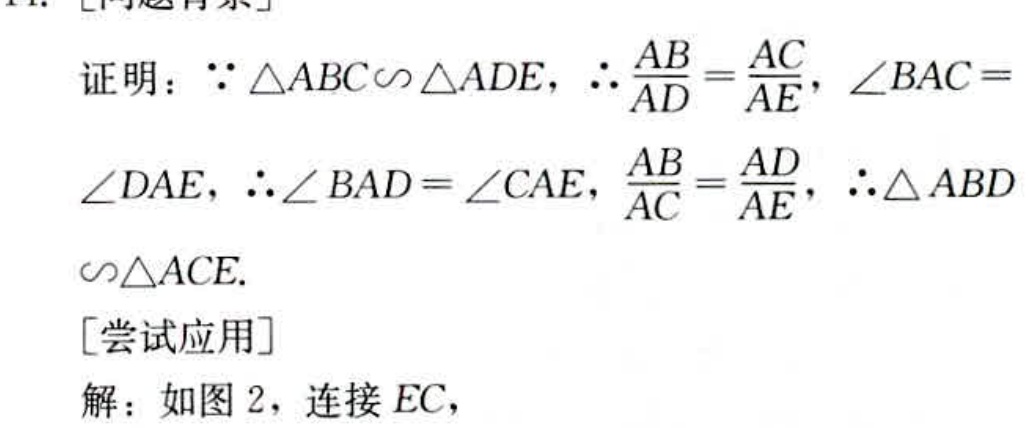
证明：$\because \triangle ABC\sim \triangle ADE$，$\therefore \frac{AB}{AD}=\frac{AC}{AE}$，$\angle BAC =$
$\angle DAE$，$\therefore \angle BAD=\angle CAE$，$\frac{AB}{AC}=\frac{AD}{AE}$，$\therefore \triangle ABD$
$\sim\triangle ACE$.
[尝试应用]
解：如图2，连接$EC$，